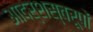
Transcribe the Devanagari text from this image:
आदर्शस्वरूपों